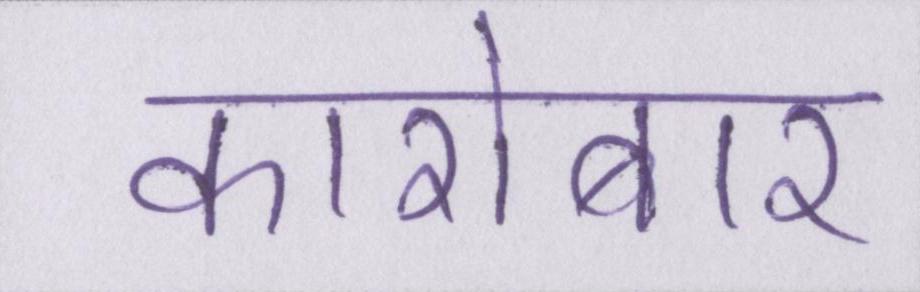
कारोबार